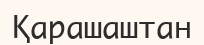
Қарашаштан